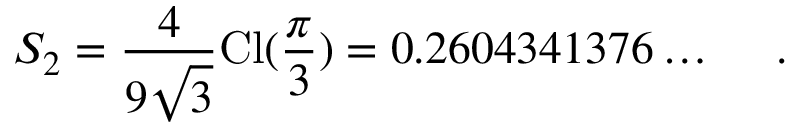
S _ { 2 } = \frac { 4 } { 9 \sqrt { 3 } } \mathrm { C l } ( \frac { \pi } { 3 } ) = 0 . 2 6 0 4 3 4 1 3 7 6 \ldots ~ ~ ~ ~ .